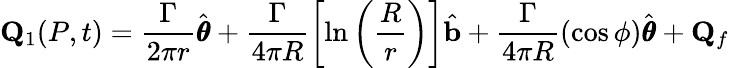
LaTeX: \mathbf{Q}_{1}(P,t)=\frac{\Gamma}{2\pi r}\hat{\pmb{\theta}}+\frac{\Gamma}{4\pi R}\left[\ln\left(\frac{R}{r}\right)\right]\hat{\mathbf{b}}+\frac{\Gamma}{4\pi R}(\cos\phi)\hat{\pmb{\theta}}+\mathbf{Q}_{f}